Annual administration report of the Civil Veterinary Department of India - 1898-1899
Year: 1898
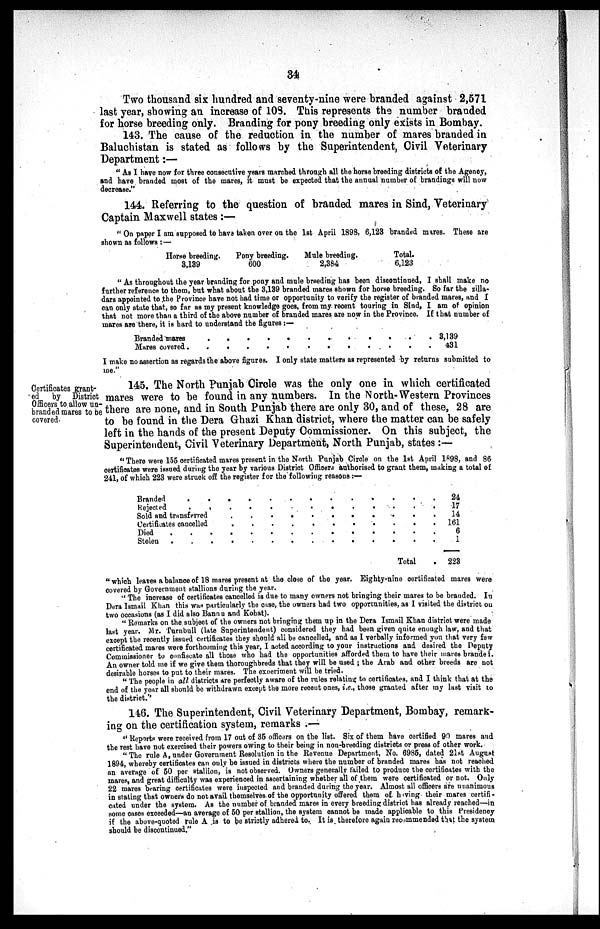
34
Two thousand six hundred and seventy-nine were branded against 2,571
last year, showing an increase of 108. This represents the number branded
for horse breeding only. Branding for pony breeding only exists in Bombay.
143. The cause of the reduction in the number of mares branded in
Baluchistan is stated as follows by the Superintendent, Civil Veterinary
Department:—
"As I have now for three consecutive years marched through all the horse breeding districts of the Agency,
and have branded most of the mares, it must be expected that the annual number of brandings will now
decrease."
144. Referring to the question of branded mares in Sind, Veterinary
Captain Maxwell states:—
"On paper I am supposed to have taken over on the 1st April 1898, 6,123 branded mares. These are
shown as follows:—
Horse breeding.
3,139
Pony breeding.
600
Mule breeding.
2,384
Total.
6,123
"As throughout the year branding for pony and mule breeding has been discontinued, I shall make no
further reference to them, but what about the 3,139 branded mares shown for horse breeding. So far the zilla-
dars appointed to the Province have not had time or opportunity to verify the register of branded mares, and I
can only state that, so far as my present knowledge goes, from my recent touring in Sind, I am of opinion
that not more than a third of the above number of branded mares are now in the Province. If that number of
mares are there, it is hard to understand the figures:—
Branded mares . . . . . . . . . . . . .
Mures covered . . . . . . . . . . . . .
3,139
431
I make no assertion as regards the above figures. I only state matters as represented by returns submitted to
me."
Certificates grant-
ed by District
Officers to allow un-
branded mares to be
covered.
145. The North Punjab Circle was the only one in which certificated
mares were to be found in any numbers. In the North-Western Provinces
there are none, and in South Punjab there are only 30, and of these, 28 are
to be found in the Dera Ghazi Khan district, where the matter can be safely
left in the hands of the present Deputy Commissioner. On this subject, the
Superintendent, Civil Veterinary Department, North Punjab, states:—
"There were 155 certificated mares present in the North Punjab Circle on the 1st April 1898, and 86
certificates were issued during the year by various District Officers authorised to grant them, making a total of
241, of which 223 were struck off the register for the following reasons:—
Branded . . . . . . . . . . . . .
Rejected . . . . . . . . . . . . .
Sold and transferred . . . . . . . . . . . . .
Certificates cancelled . . . . . . . . . . . . .
Died . . . . . . . . . . . . .
Stolen . . . . . . . . . . . . .
Total .
24
17
14
161
6
1
223
"which leaves a balance of 18 mares present at the close of the year. Eighty-nine certificated mares were
covered by Government stallions during the year.
"The increase of certificates cancelled is due to many owners not bringing their mares to be branded. In
Dera Ismail Khan this was particularly the case, the owners had two opportunities, as I visited the district on
two occasions (as I did also Bannu and Kohat).
"Remarks on the subject of the owners not bringing them up in the Dera Ismail Khan district were made
last year. Mr. Turnbull (late Superintendent) considered they had been given quite enough law, and that
except the recently issued certificates they should all be cancelled, and as I verbally informed you that very few
certificated mares were forthcoming this year, I acted according to your instructions and desired the Deputy
Commissioner to confiscate all those who had the opportunities afforded them to have their mares branded.
An owner told me if we give them thoroughbreds that they will be used; the Arab and other breeds are not
desirable horses to put to their mares. The experiment will be tried.
"The people in all districts are perfectly aware of the rules relating to certificates, and I think that at the
end of the year all should be withdrawn except the more recent ones, i.e., those granted after my last visit to
the district.''
146. The Superintendent, Civil Veterinary Department, Bombay, remark-
ing on the certification system, remarks:—
"Reports were received from 17 out of 35 officers on the list. Six of them have certified 90 mares and
the rest have not exercised their powers owing to their being in non-breeding districts or press of other work.
"The rule A, under Government Resolution in the Revenue Department, No. 6985, dated 21st August
1894, whereby certificates can only be issued in districts where the number of branded mares has not reached
an average of 50 per stallion, is not observed. Owners generally failed to produce the certificates with the
mares, and great difficulty was experienced in ascertaining whether all of them were certificated or not. Only
22 mares bearing certificates were inspected and branded during the year. Almost all officers are unanimous
in stating that owners do not avail themselves of the opportunity offered them of having their mares certifi-
cated under the system. As the number of branded mares in every breeding district has already reached—in
some cases exceeded—an average of 50 per stallion, the system cannot be made applicable to this Presidency
if the above-quoted rule A is to be strictly adhered to. It is therefore again recommended that the system
should be discontinued."